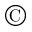
\copyright